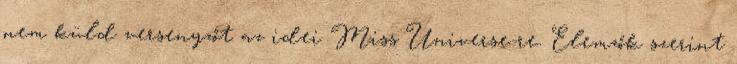
nem küld versenyzőt az idei Miss Universe-re. Elemzők szerint